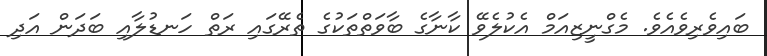
ބައިވެރިވެއެވެ. މެގްނީޒިއަމް އެކުލެވޭ ކާނާގެ ބާވަތްތަކުގެ ތެރޭގައި ރަތް ހަނޑުލާއި ބަދަން އަދި